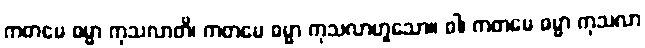
ကတမေ ဓမ္မာ ကုသလာတိ၊ ကတမေ ဓမ္မာ ကုသလာဟူသော။ ဝါ၊ ကတမေ ဓမ္မာ ကုသလာ